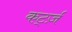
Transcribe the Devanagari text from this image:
कर्ट्ज़